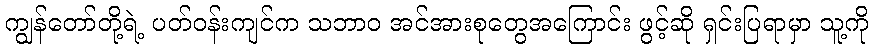
ကျွန်တော်တို့ရဲ့ ပတ်ဝန်းကျင်က သဘာဝ အင်အားစုတွေအကြောင်း ဖွင့်ဆို ရှင်းပြရာမှာ သူ့ကို